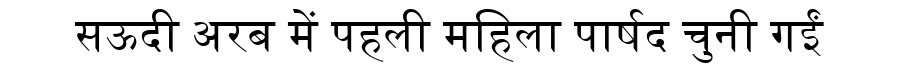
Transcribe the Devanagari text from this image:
सऊदी अरब में पहली महिला पार्षद चुनी गईं